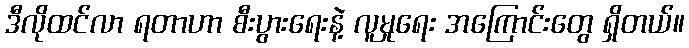
ဒီလိုထင်လာ ရတာဟာ စီးပွားရေးနဲ့ လူမှုရေး အကြောင်းတွေ ရှိတယ်။